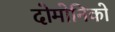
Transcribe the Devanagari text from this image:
दोमोनिको